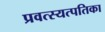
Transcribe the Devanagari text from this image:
प्रवत्स्यत्पतिका